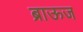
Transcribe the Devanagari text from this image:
ब्राऊज